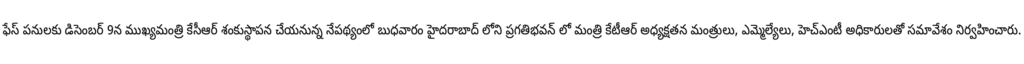
ఫేస్ పనులకు డిసెంబర్ 9న ముఖ్యమంత్రి కేసీఆర్ శంకుస్థాపన చేయనున్న నేపథ్యంలో బుధవారం హైదరాబాద్ లోని ప్రగతిభవన్ లో మంత్రి కేటీఆర్ అధ్యక్షతన మంత్రులు, ఎమ్మెల్యేలు, హెచ్ఎంటీ అధికారులతో సమావేశం నిర్వహించారు.